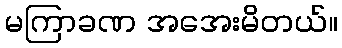
မကြာခဏ အအေးမိတယ်။